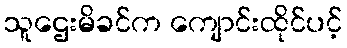
သူဌေးမိခင်က ကျောင်းထိုင်ပင့်